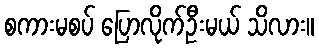
စကားမစပ် ပြောလိုက်ဦးမယ် သိလား။